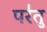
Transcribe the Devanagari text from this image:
पर॑तु